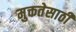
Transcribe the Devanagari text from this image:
मुक्ततेसाठी